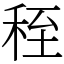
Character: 秷